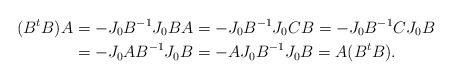
LaTeX: \begin{align*} (B^t B) A &=- J_0 B^{-1} J_0 B A=- J_0 B^{-1} J_0 C B=- J_0 B^{-1} C J_0 B \\ &=- J_0 A B^{-1} J_0 B=- A J_0 B^{-1} J_0 B = A (B^t B). \end{align*}